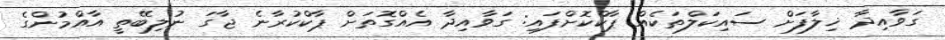
ގަވާއިދާ ޚިލާފަށް ސައިކަލްތަކެއް ޕާކްކޮށްފައި: ގަވާއިދާ އެއްގޮތަށް ޕާކްކުރާނެ ޖާގަ ނުލިބޭތީ އާއްމުންގެ